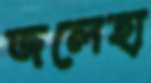
জলেহা